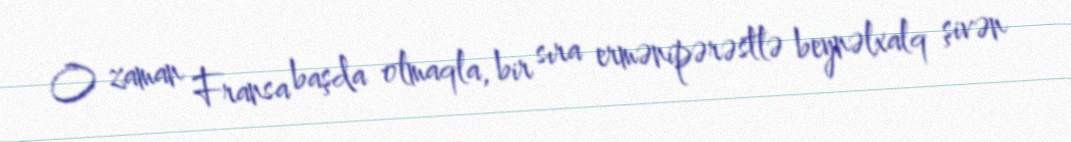
O zaman Fransa başda olmaqla, bir sıra ermənipərəstlə beynəlxalq şivən